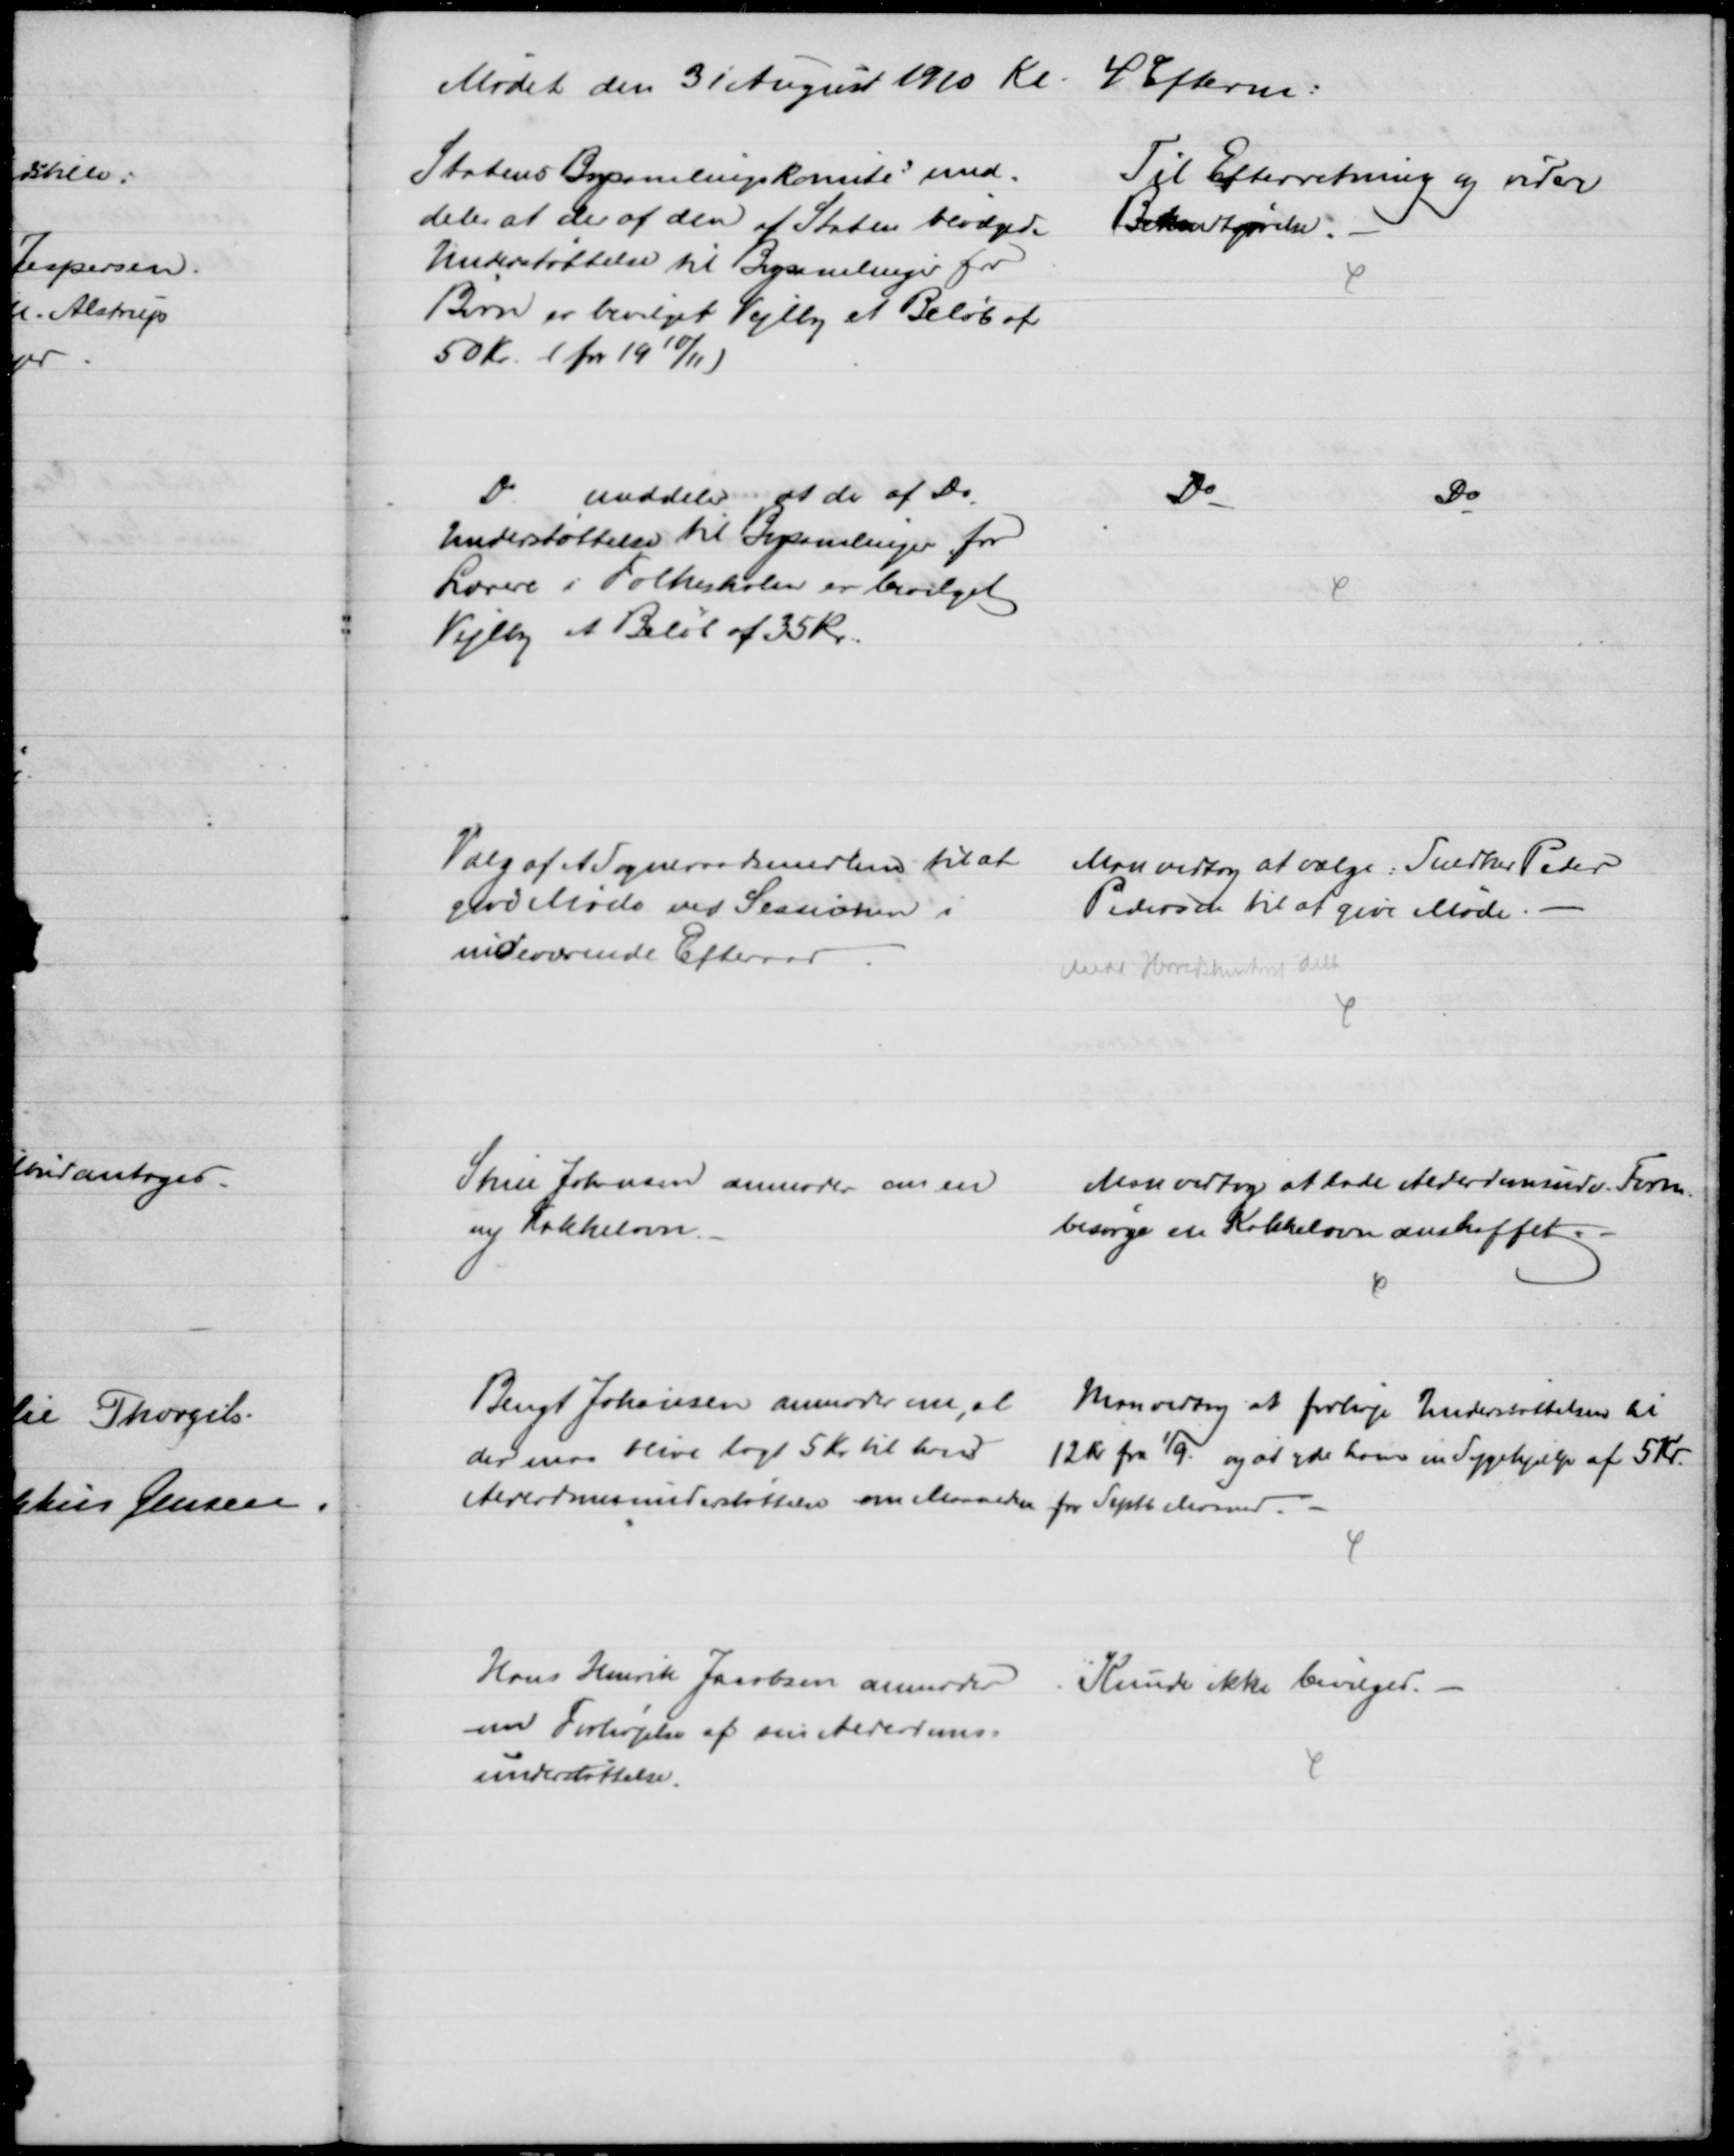
Transskription:
Mødet den 31 August 1910 Kl. 4 Efterm:
Statens Bogsamlingskomité med-
deler at der af den af Staten bevilgede
Understøttelse til Bogsamlinger for
Børn er bevilget Vejlby et Beløb af
50 Kr. (for 1910/11)
Til Efterretning og videre
Bekendtgørelse. 
Do
meddeler at de af Do
Understøttelse til Bogsamlinger for
Lærere i Folkeskolen er bevilget
Vejlby et Beløb af 35 Kr.
Do
Do
Valg af et Sogneraadsmedlem til at
gøre Møde ved Sessionen i
indeværende Efteraar.
Man vedtog at vælge: Snedker Peder
Pedersen til at give Møde.
Medd Herredskontoret dette
Stine Johansen anmoder om en
ny Kakkelovn.
Man vedtog at lade Alderdomsudv. Form.
besørge en Kakkelovn anskaffet.
Bengt Johansen anmoder om, at
der maa blive lagt 5 Kr til hans
Alderdomsunderstøttelse om Maaneden
Man vedtog at forhøje Understøttelsen til
12 Kr fra 1/9. og at yde ham en Sygehjælp af 5 Kr.
for Septb Maaned.
Hans Henrik Jacobsen anmoder
om Forhøjelse af sin Alderdoms-
understøttelse.
Kunde ikke bevilges.